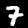
Digit: 7